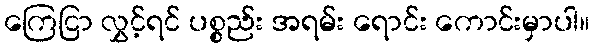
ကြေငြာ လွှင့်ရင် ပစ္စည်း အရမ်း ရောင်း ကောင်းမှာပါ။